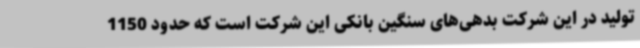
تولید در این شرکت بدهی‌های سنگین بانکی این شرکت است که حدود 1150